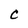
Character: C